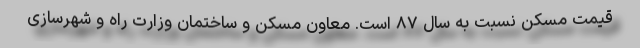
قیمت مسکن نسبت به سال ۸۷ است. معاون مسکن و ساختمان وزارت راه و شهرسازی